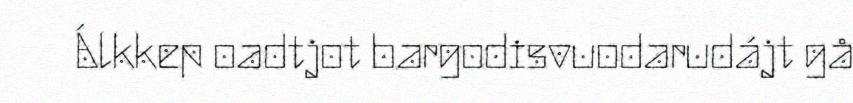
Álkkep oadtjot bargodisvuodarudájt gå